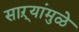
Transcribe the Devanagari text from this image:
साऱ्यांमुळे